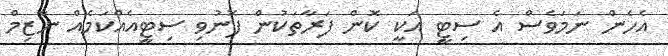
އެހެން ނަމަވެސް އެ ސިޓީ އަކީ ކޮން ފަރާތަކުން ފޮނުވި ސިޓީއެއްކަމެއް ނާޒިމް